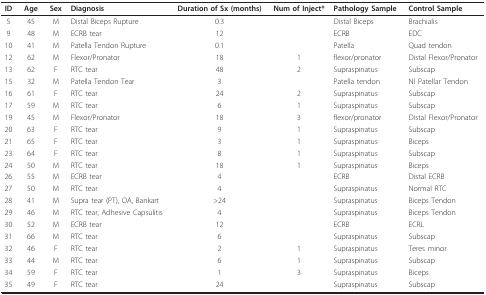
<table><thead><tr><td><b>ID</b></td><td><b>Age</b></td><td><b>Sex</b></td><td><b>Diagnosis</b></td><td><b>Duration of Sx (months)</b></td><td><b>Num of Inject*</b></td><td><b>Pathology Sample</b></td><td><b>Control Sample</b></td></tr></thead><tbody><tr><td>5</td><td>45</td><td>M</td><td>Distal Biceps Rupture</td><td>0.3</td><td></td><td>Distal Biceps</td><td>Brachialis</td></tr><tr><td>9</td><td>48</td><td>M</td><td>ECRB tear</td><td>12</td><td></td><td>ECRB</td><td>EDC</td></tr><tr><td>10</td><td>41</td><td>M</td><td>Patella Tendon Rupture</td><td>0.1</td><td></td><td>Patella</td><td>Quad tendon</td></tr><tr><td>12</td><td>62</td><td>M</td><td>Flexor/Pronator</td><td>18</td><td>1</td><td>flexor/pronator</td><td>Distal Flexor/Pronator</td></tr><tr><td>13</td><td>62</td><td>F</td><td>RTC tear</td><td>48</td><td>2</td><td>Supraspinatus</td><td>Subscap</td></tr><tr><td>15</td><td>32</td><td>M</td><td>Patella Tendon Tear</td><td>3</td><td></td><td>Patella tendon</td><td>Nl Patellar Tendon</td></tr><tr><td>16</td><td>61</td><td>F</td><td>RTC tear</td><td>24</td><td>2</td><td>Supraspinatus</td><td>Subscap</td></tr><tr><td>17</td><td>59</td><td>M</td><td>RTC tear</td><td>6</td><td>1</td><td>Supraspinatus</td><td>Subscap</td></tr><tr><td>19</td><td>45</td><td>M</td><td>Flexor/Pronator</td><td>18</td><td>3</td><td>flexor/pronator</td><td>Distal Flexor/Pronator</td></tr><tr><td>20</td><td>63</td><td>F</td><td>RTC tear</td><td>9</td><td>1</td><td>Supraspinatus</td><td>Subscap</td></tr><tr><td>21</td><td>65</td><td>F</td><td>RTC tear</td><td>3</td><td>1</td><td>Supraspinatus</td><td>Biceps</td></tr><tr><td>23</td><td>64</td><td>F</td><td>RTC tear</td><td>8</td><td>1</td><td>Supraspinatus</td><td>Subscap</td></tr><tr><td>24</td><td>50</td><td>M</td><td>RTC tear</td><td>18</td><td>1</td><td>Supraspinatus</td><td>Biceps</td></tr><tr><td>26</td><td>55</td><td>M</td><td>ECRB tear</td><td>4</td><td></td><td>ECRB</td><td>Distal ECRB</td></tr><tr><td>27</td><td>50</td><td>M</td><td>RTC tear</td><td>4</td><td></td><td>Supraspinatus</td><td>Normal RTC</td></tr><tr><td>28</td><td>41</td><td>M</td><td>Supra tear (PT), OA, Bankart</td><td>&gt;24</td><td></td><td>Supraspinatus</td><td>Biceps Tendon</td></tr><tr><td>29</td><td>46</td><td>M</td><td>RTC tear, Adhesive Capsulitis</td><td>4</td><td></td><td>Supraspinatus</td><td>Biceps Tendon</td></tr><tr><td>30</td><td>52</td><td>M</td><td>ECRB tear</td><td>12</td><td></td><td>ECRB</td><td>ECRL</td></tr><tr><td>31</td><td>66</td><td>M</td><td>RTC tear</td><td>6</td><td></td><td>Supraspinatus</td><td>Subscap</td></tr><tr><td>32</td><td>46</td><td>F</td><td>RTC tear</td><td>2</td><td>1</td><td>Supraspinatus</td><td>Teres minor</td></tr><tr><td>33</td><td>44</td><td>M</td><td>RTC tear</td><td>6</td><td>1</td><td>Supraspinatus</td><td>Subscap</td></tr><tr><td>34</td><td>59</td><td>F</td><td>RTC tear</td><td>1</td><td>3</td><td>Supraspinatus</td><td>Biceps</td></tr><tr><td>35</td><td>49</td><td>F</td><td>RTC tear</td><td>24</td><td></td><td>Supraspinatus</td><td>Subscap</td></tr></tbody></table>